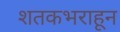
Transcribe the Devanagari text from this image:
शतकभराहून